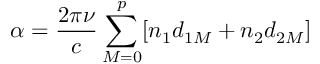
\alpha = \frac { 2 \pi \nu } { c } \sum _ { M = 0 } ^ { p } [ n _ { 1 } d _ { 1 M } + n _ { 2 } d _ { 2 M } ]